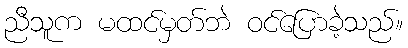
ညီသူက မထင်မှတ်ဘဲ ဝင်ပြောခဲ့သည်။